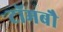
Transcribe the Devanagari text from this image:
टॉमबौ